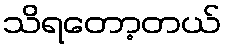
သိရတော့တယ်